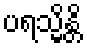
ပရသ္မိန္တိ